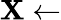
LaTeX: \mathbf{X}\leftarrow